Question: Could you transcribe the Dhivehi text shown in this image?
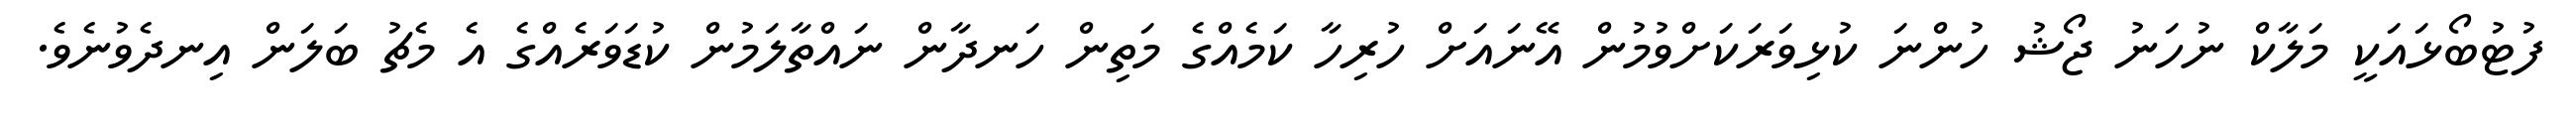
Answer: ފުޓުބޯޅައަކީ މަލާކް ނުހަނު ޖޯޝު ހުންނަ ކުޅިވަރަކަށްވުމުން އޭނައަށް ހުރިހާ ކަމެއްގެ މަތިން ހަނދާން ނައްތާލަމުން ކުޑަވަރެއްގެ އެ މެޗު ބަލަން އިނދެވުނެވެ.